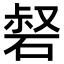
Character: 𥓍